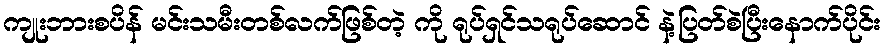
ကျုးဘားစပိန် မင်းသမီးတစ်လက်ဖြစ်တဲ့ ကို ရုပ်ရှင်သရုပ်ဆောင် နဲ့ပြတ်စဲပြီးနောက်ပိုင်း